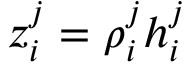
z _ { i } ^ { j } = \rho _ { i } ^ { j } h _ { i } ^ { j }